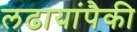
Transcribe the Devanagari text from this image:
लढायांपैकी